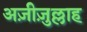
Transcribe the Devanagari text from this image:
अज़ीज़ुल्लाह